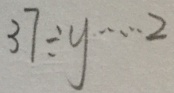
3 7 \div y \cdots 2